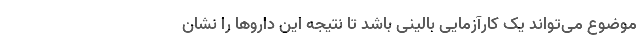
موضوع می‌تواند یک کارآزمایی بالینی باشد تا نتیجه این داروها را نشان